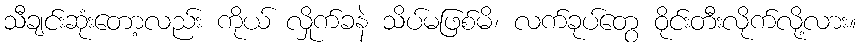
သီချင်းဆုံးတော့လည်း ကိုယ် လှိုက်ခနဲ သိပ်မဖြစ်မိ၊ လက်ခုပ်တွေ ဝိုင်းတီးလိုက်လို့လား။